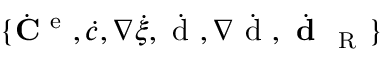
\{ \dot { { \bf C } } ^ { \mathrm { ~ e ~ } } , \dot { c } , \nabla \dot { \xi } , \dot { \mathrm { ~ d ~ } } , \nabla \dot { \mathrm { ~ d ~ } } , \dot { \textbf { d } } _ { \mathrm { ~ R ~ } } \}